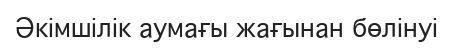
Әкімшілік аумағы жағынан бөлінуі